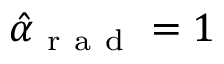
\hat { \alpha } _ { \mathrm { ~ r ~ a ~ d ~ } } = 1